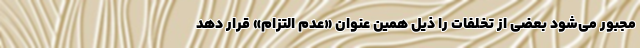
مجبور می‌شود بعضی از تخلفات را ذیل همین عنوان «عدم التزام» قرار دهد